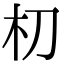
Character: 朷